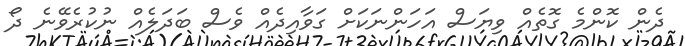
ދެން ކޮންމެ ގޮތެއް ވިޔަސް އަހަންނަކަށް ގަވާއިދެއް ވެސް ބަދަލެއް ނުކުރެވޭނެ ދޯ